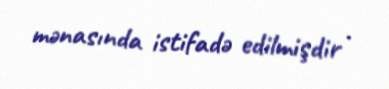
mənasında istifadə edilmişdir .